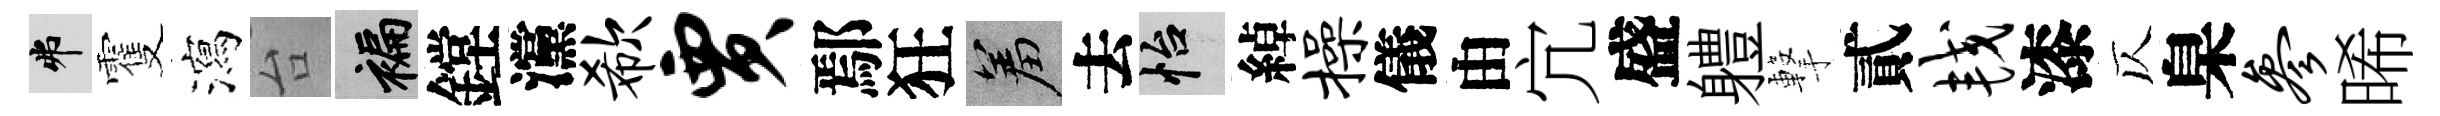
弗䨥瀉台褊鏜灙欷贾鄢狂羞去怡綽操儀由宂盛軆撃貳较漆仄臬参晞